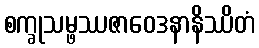
စက္ခုသမ္ဖဿဇာဝေဒနာနိဿိတံ